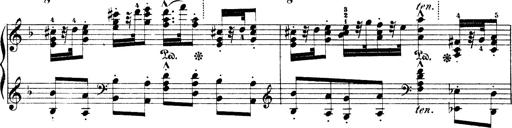
Title: Illustrations de l'opÃ©ra L'Africaine
Composer: Franz Liszt